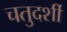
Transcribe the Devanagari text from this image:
चतुदर्शी